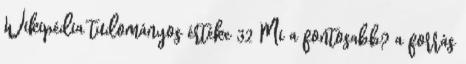
Wikipédia tudományos értéke 32 Mi a fontosabb? a forrás